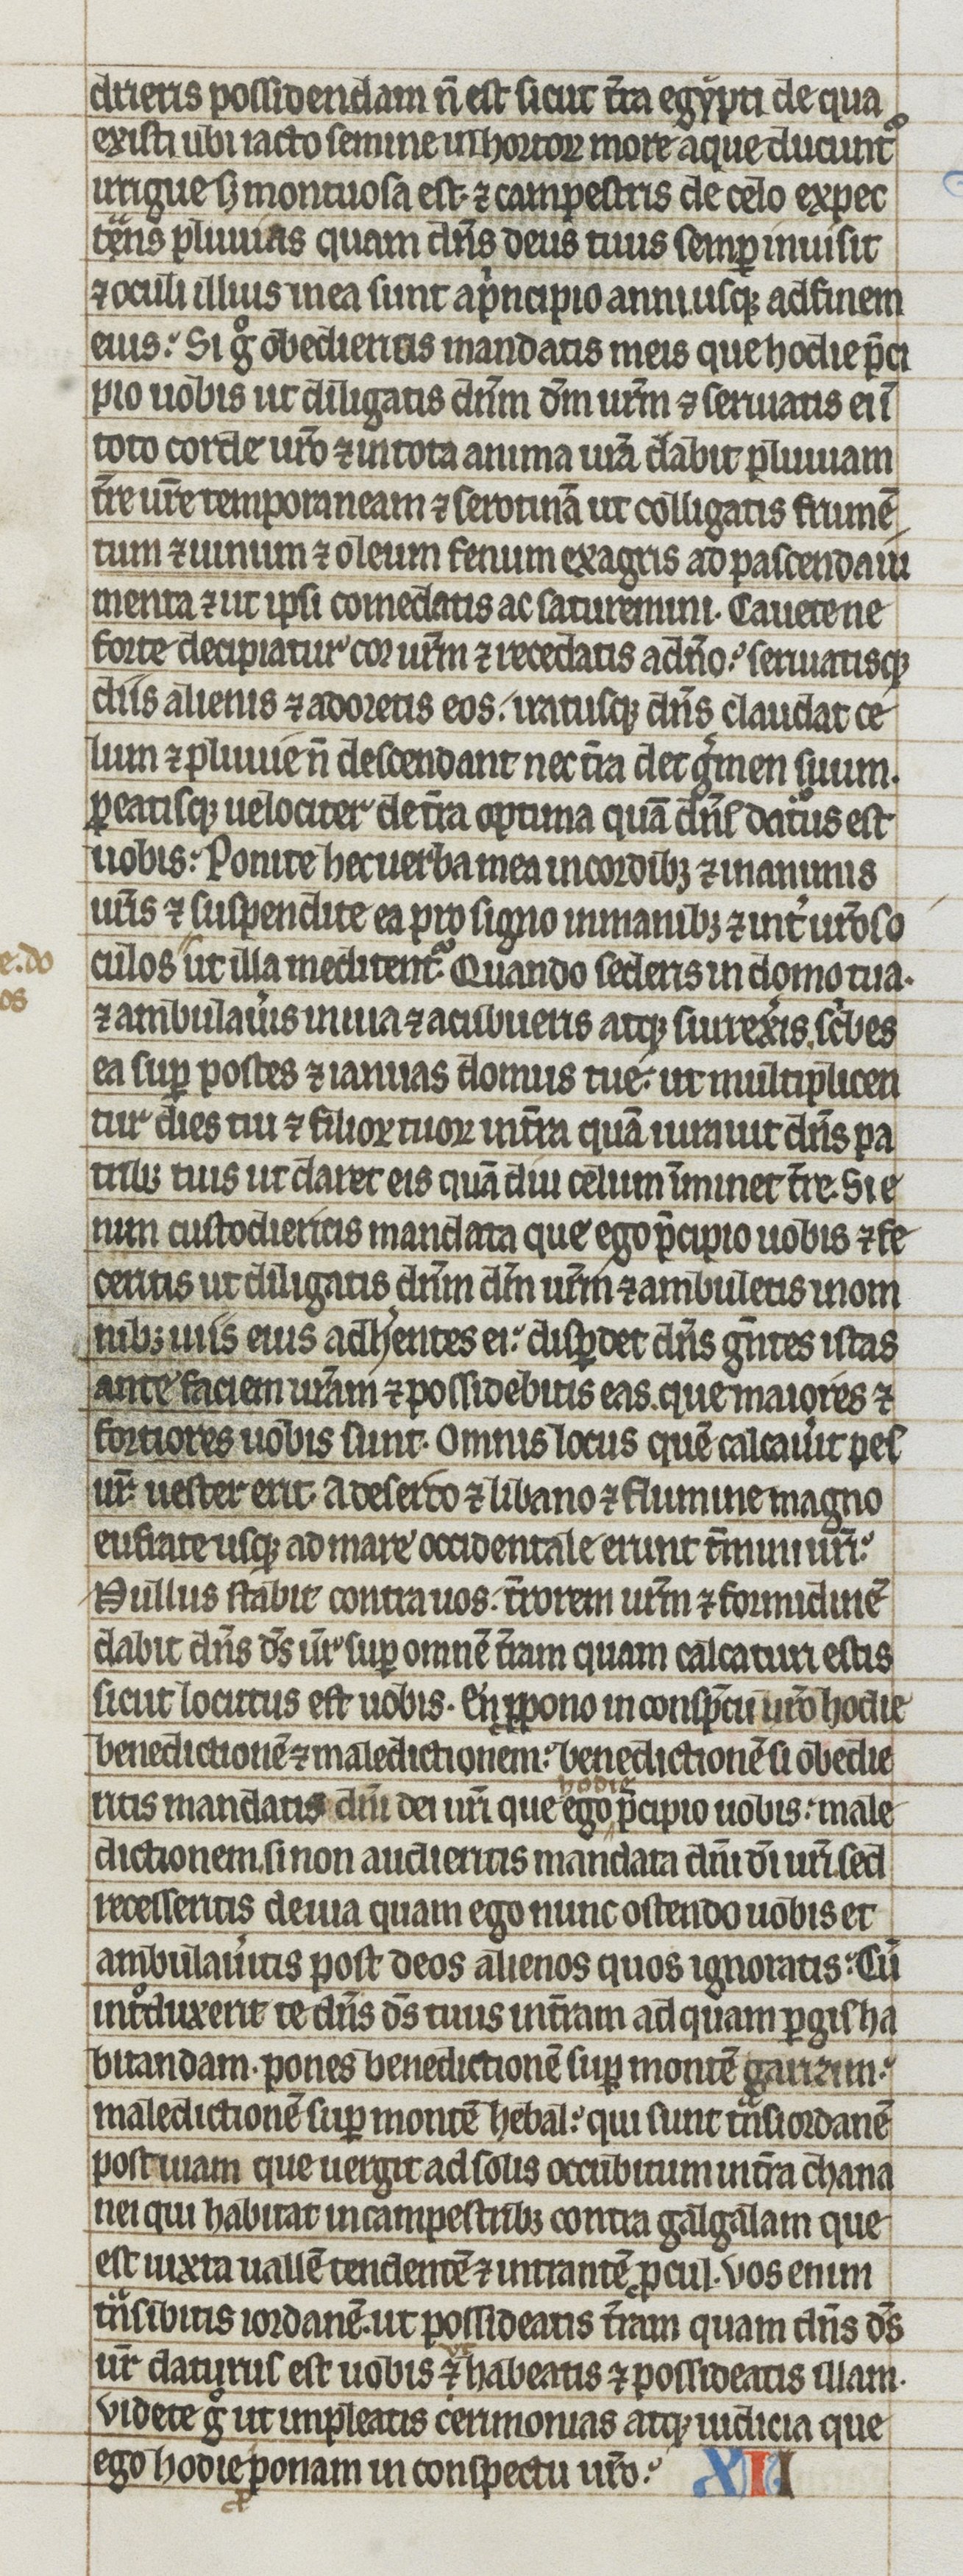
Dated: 1275–1299